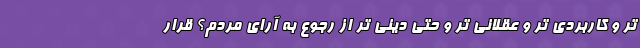
تر و کاربردی تر و عقلانی تر و حتی دینی تر از رجوع به آرای مردم؟ قرار